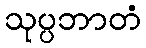
သုပ္ပဘာတံ